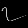
Digit: ၇